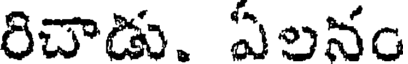
రిచాడు. ఏలనం